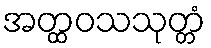
အတ္ထဝသသုတ္တံ